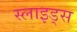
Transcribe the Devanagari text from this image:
स्‍लाइड्स